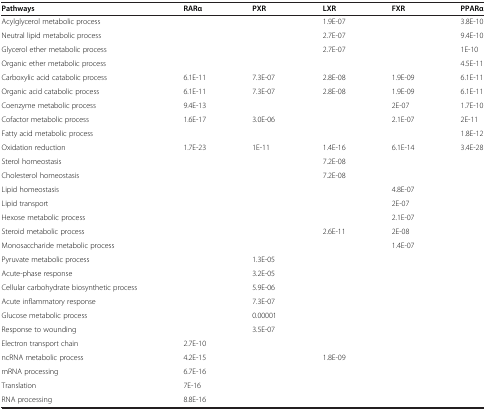
<table><thead><tr><td><b>Pathways</b></td><td><b>RARα</b></td><td><b>PXR</b></td><td><b>LXR</b></td><td><b>FXR</b></td><td><b>PPARα</b></td></tr></thead><tbody><tr><td>Acylglycerol metabolic process</td><td> </td><td> </td><td>1.9E-07</td><td> </td><td>3.8E-10</td></tr><tr><td>Neutral lipid metabolic process</td><td> </td><td> </td><td>2.7E-07</td><td> </td><td>9.4E-10</td></tr><tr><td>Glycerol ether metabolic process</td><td> </td><td> </td><td>2.7E-07</td><td> </td><td>1E-10</td></tr><tr><td>Organic ether metabolic process</td><td> </td><td> </td><td> </td><td> </td><td>4.5E-11</td></tr><tr><td>Carboxylic acid catabolic process</td><td>6.1E-11</td><td>7.3E-07</td><td>2.8E-08</td><td>1.9E-09</td><td>6.1E-11</td></tr><tr><td>Organic acid catabolic process</td><td>6.1E-11</td><td>7.3E-07</td><td>2.8E-08</td><td>1.9E-09</td><td>6.1E-11</td></tr><tr><td>Coenzyme metabolic process</td><td>9.4E-13</td><td> </td><td> </td><td>2E-07</td><td>1.7E-10</td></tr><tr><td>Cofactor metabolic process</td><td>1.6E-17</td><td>3.0E-06</td><td> </td><td>2.1E-07</td><td>2E-11</td></tr><tr><td>Fatty acid metabolic process</td><td> </td><td> </td><td> </td><td> </td><td>1.8E-12</td></tr><tr><td>Oxidation reduction</td><td>1.7E-23</td><td>1E-11</td><td>1.4E-16</td><td>6.1E-14</td><td>3.4E-28</td></tr><tr><td>Sterol homeostasis</td><td> </td><td> </td><td>7.2E-08</td><td> </td><td> </td></tr><tr><td>Cholesterol homeostasis</td><td> </td><td> </td><td>7.2E-08</td><td> </td><td> </td></tr><tr><td>Lipid homeostasis</td><td> </td><td> </td><td> </td><td>4.8E-07</td><td> </td></tr><tr><td>Lipid transport</td><td> </td><td> </td><td> </td><td>2E-07</td><td> </td></tr><tr><td>Hexose metabolic process</td><td> </td><td> </td><td> </td><td>2.1E-07</td><td> </td></tr><tr><td>Steroid metabolic process</td><td> </td><td> </td><td>2.6E-11</td><td>2E-08</td><td> </td></tr><tr><td>Monosaccharide metabolic process</td><td> </td><td> </td><td> </td><td>1.4E-07</td><td> </td></tr><tr><td>Pyruvate metabolic process</td><td> </td><td>1.3E-05</td><td> </td><td> </td><td> </td></tr><tr><td>Acute-phase response</td><td> </td><td>3.2E-05</td><td> </td><td> </td><td> </td></tr><tr><td>Cellular carbohydrate biosynthetic process</td><td> </td><td>5.9E-06</td><td> </td><td> </td><td> </td></tr><tr><td>Acute inflammatory response</td><td> </td><td>7.3E-07</td><td> </td><td> </td><td> </td></tr><tr><td>Glucose metabolic process</td><td> </td><td>0.00001</td><td> </td><td> </td><td> </td></tr><tr><td>Response to wounding</td><td> </td><td>3.5E-07</td><td> </td><td> </td><td> </td></tr><tr><td>Electron transport chain</td><td>2.7E-10</td><td> </td><td> </td><td> </td><td> </td></tr><tr><td>ncRNA metabolic process</td><td>4.2E-15</td><td> </td><td>1.8E-09</td><td> </td><td> </td></tr><tr><td>mRNA processing</td><td>6.7E-16</td><td> </td><td> </td><td> </td><td> </td></tr><tr><td>Translation</td><td>7E-16</td><td> </td><td> </td><td> </td><td> </td></tr><tr><td>RNA processing</td><td>8.8E-16</td><td> </td><td> </td><td> </td><td> </td></tr></tbody></table>